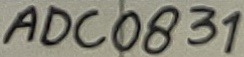
Text: ADC0831